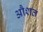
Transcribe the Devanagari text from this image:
औशत